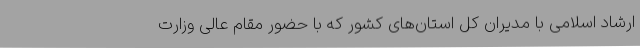
ارشاد اسلامی با مدیران کل استان‌های کشور که با حضور مقام عالی وزارت